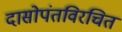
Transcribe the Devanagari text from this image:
दासोपंतविरचित